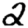
Digit: 2